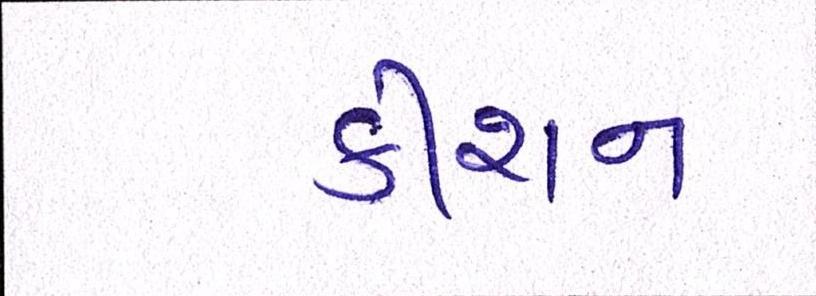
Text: કીશન